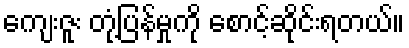
ကျေးဇူး တုံ့ပြန်မှုကို စောင့်ဆိုင်းရတယ်။